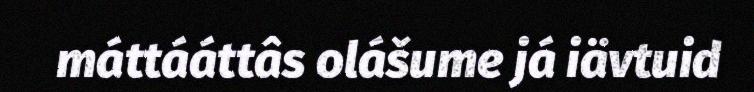
máttááttâs olášume já iävtuid